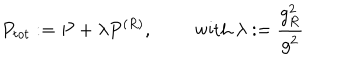
LaTeX: P _ { t o t } : = P + \lambda P ^ { ( R ) } , \qquad \textrm { w i t h } \lambda : = \frac { g _ { R } ^ { 2 } } { g ^ { 2 } }